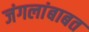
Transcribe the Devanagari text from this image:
जंगलांबाबत